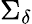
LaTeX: \Sigma_{\delta}